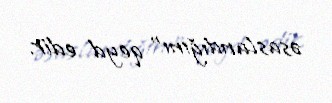
əsaslandığını" qeyd edir.